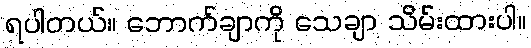
ရပါတယ်။ ဘောက်ချာကို သေချာ သိမ်းထားပါ။